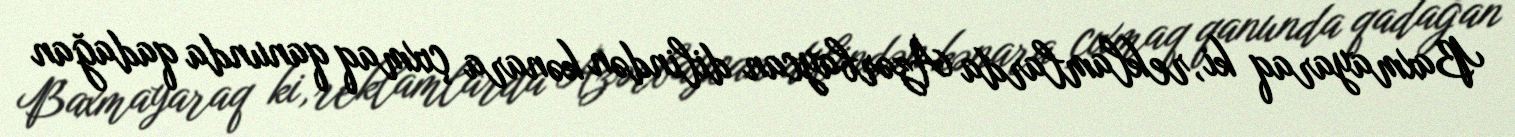
Baxmayaraq ki, reklamlarda Azərbaycan dilindən kənara çıxmaq qanunda qadağan